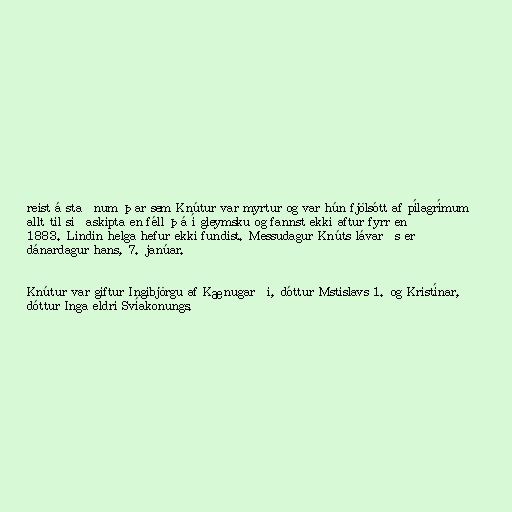
reist á staðnum þar sem Knútur var myrtur og var hún fjölsótt af pílagrímum
allt til siðaskipta en féll þá í gleymsku og fannst ekki aftur fyrr en
1883. Lindin helga hefur ekki fundist. Messudagur Knúts lávarðs er
dánardagur hans, 7. janúar.

Knútur var giftur Ingibjörgu af Kænugarði, dóttur Mstislavs 1. og Kristínar,
dóttur Inga eldri Svíakonungs.